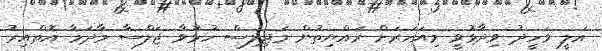
އަލީ ވަހީދު ވިދާޅުވީ މިއަހަރަށް ރައްޔިތުން މަޖިލިސް ހުޅުވާ ޖަލްސާ މާދަމާ އޮތްއިރު